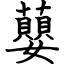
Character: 蘡